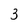
Character: 3